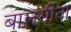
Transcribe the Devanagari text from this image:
बालगीता